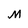
Character: M